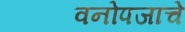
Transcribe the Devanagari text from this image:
वनोपजाचे